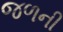
જળની